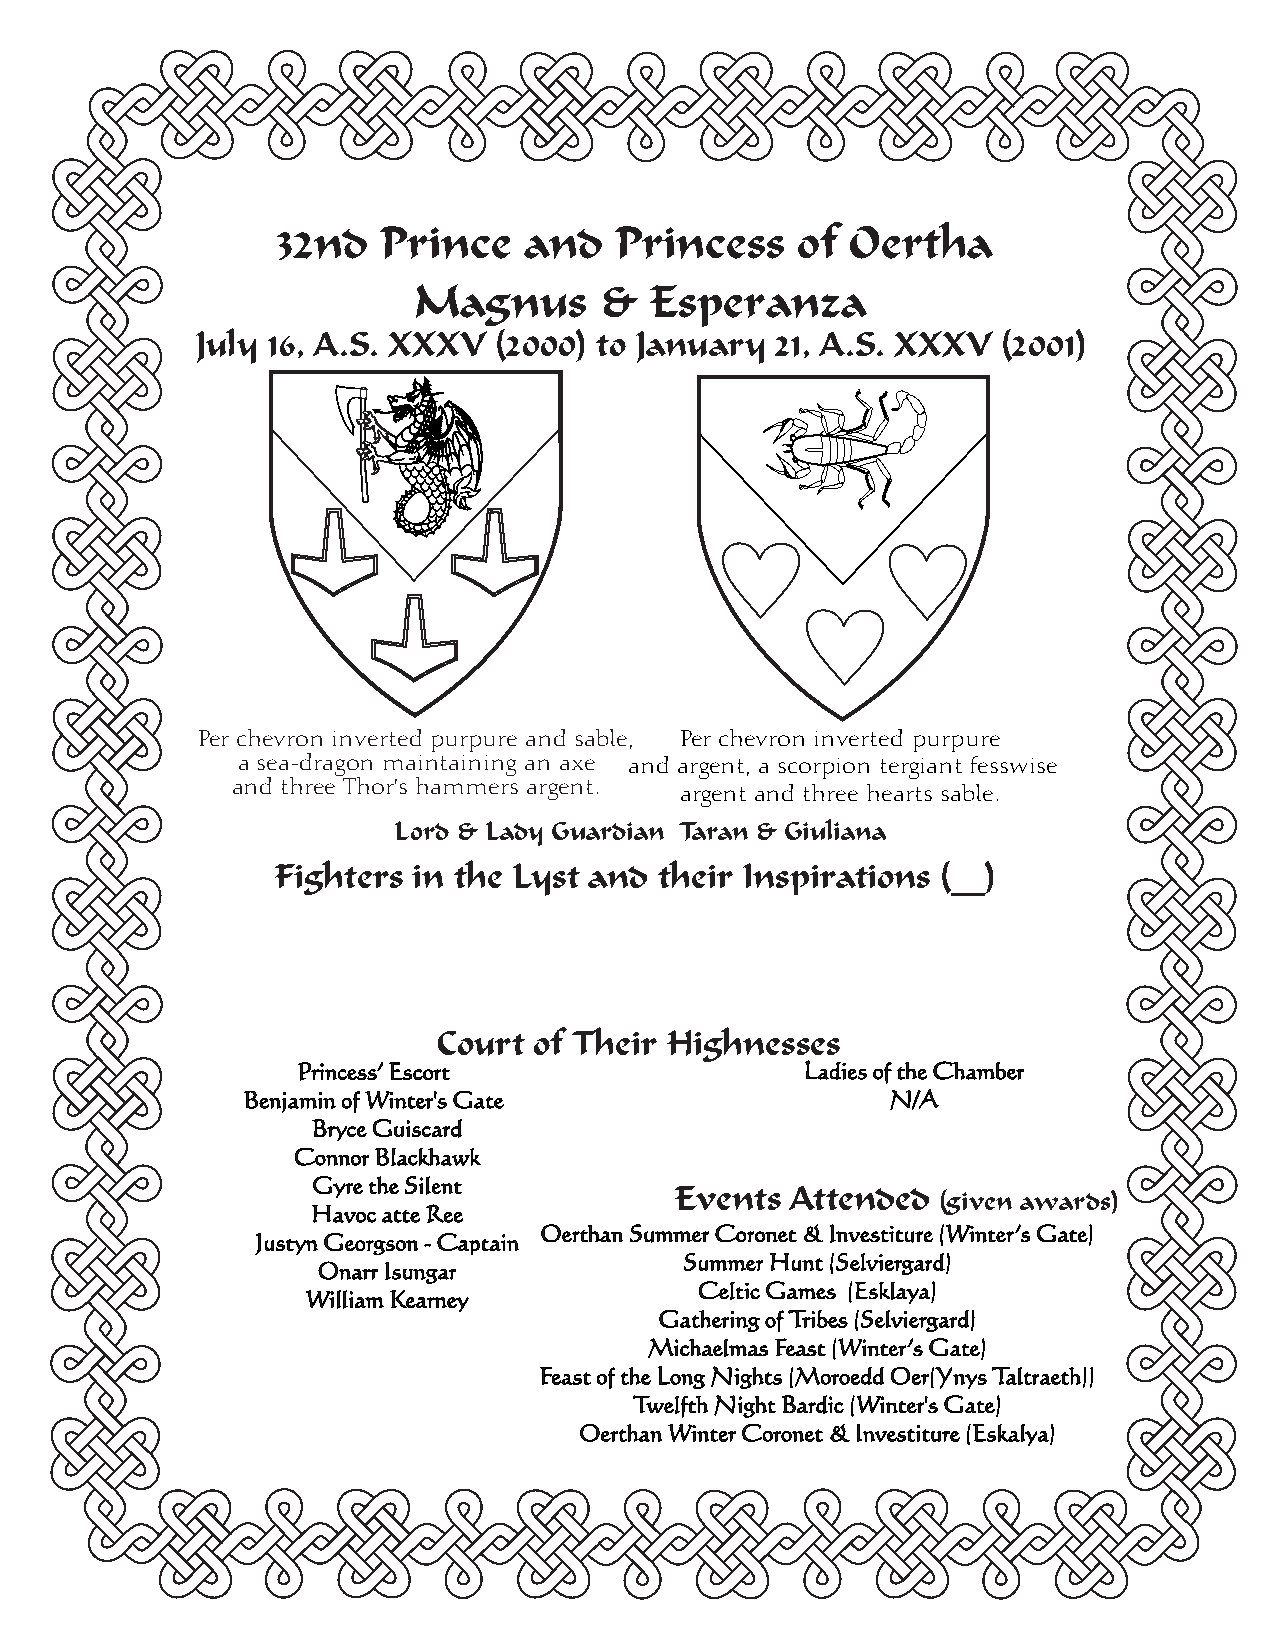
32nd   Prince    and   Princess    of Oertha
 Magnus       &  Esperanza
 July 16, A.S. XXXV  (2000) to January 21, A.S. XXXV  (2001)
 Per chevron inverted purpure and sable, Per chevron inverted purpure
 a sea-dragon maintaining an axe and argent, a scorpion tergiant fesswise
 and three Thor's hammers argent.
 argent and three hearts sable.
 Lord & Lady Guardian Taran & Giuliana
 Fighters in the Lyst and  their Inspirations (__)
 CCoouurrtt ooff TThheeiirr HHiigghhnneesssseess
 Princess’ Escort                 Ladies of the Chamber
 Benjamin of Winter's Gate                  N/A
 Bryce Guiscard
 Connor Blackhawk
 Gyre the Silent
 Events Attended
 (given awards)
 Havoc atte Ree
 Oerthan Summer Coronet & Investiture (Winter’s Gate)
 Justyn Georgson - Captain
 Summer Hunt (Selviergard)
 Onarr Isungar
 Celtic Games (Esklaya)
 William Kearney
 Gathering of Tribes (Selviergard)
 Michaelmas Feast (Winter’s Gate)
 Feast of the Long Nights (Moroedd Oer(Ynys Taltraeth))
 Twelfth Night Bardic (Winter's Gate)
 Oerthan Winter Coronet & Investiture (Eskalya)